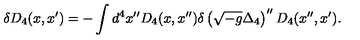
\delta D _ { 4 } ( x , x ^ { \prime } ) = - \int d ^ { 4 } x ^ { \prime \prime } D _ { 4 } ( x , x ^ { \prime \prime } ) \delta \left( \sqrt { - g } \Delta _ { 4 } \right) ^ { \prime \prime } D _ { 4 } ( x ^ { \prime \prime } , x ^ { \prime } ) .